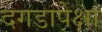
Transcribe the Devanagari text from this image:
दगडापेक्षा